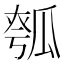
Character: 𤬄